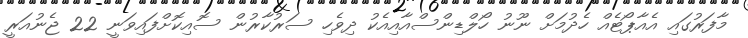
މާފަރުގައި އެއާޕޯޓެއް ހެދުމަށް ނޫނު ހޯލްޑިންސްއާއިއެކު ދިވެހި ސަރުކާރުން ސޮއިކޮށްފައިވަނީ 22 ޖެނުއަރީ